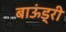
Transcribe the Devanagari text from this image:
बाऊंड्री